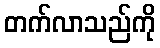
တက်လာသည်ကို